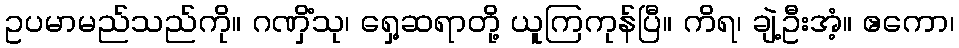
ဥပမာမည်သည်ကို။ ဂဏှိံသု၊ ရှေ့ဆရာတို့ ယူကြကုန်ပြီ။ ကိရ၊ ချဲ့ဦးအံ့။ ဧကော၊